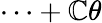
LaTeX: \cdots+\mathbb{C}\theta